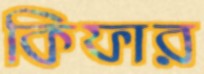
কিফার